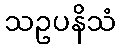
သဥပနိသံ